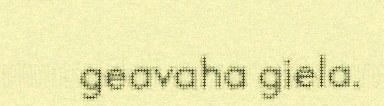
geavaha giela.